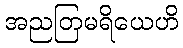
အညတြမရိယေဟိ